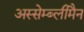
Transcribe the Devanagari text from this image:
अस्सेम्ब्लीमैन